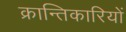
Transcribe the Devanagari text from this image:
क्रान्‍तिकारियों